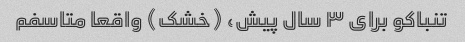
تنباکو برای ۳ سال پیش، (خشک) واقعا متاسفم